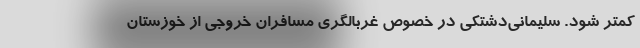
کمتر شود. سلیمانی‌دشتکی در خصوص غربالگری مسافران خروجی از خوزستان